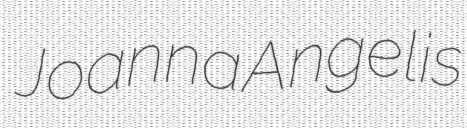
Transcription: Joanna Angelis